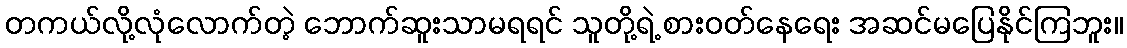
တကယ်လို့လုံလောက်တဲ့ ဘောက်ဆူးသာမရရင် သူတို့ရဲ့ စားဝတ်နေရေး အဆင်မပြေနိုင်ကြဘူး။